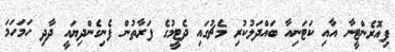
ފިއޮރެންޓީނާ އާއި ކަޓަނިއާ ބައްދަލުކުރި މެޗުގައި ދެޓީމުގެ ފަރާތުން ފެނިގެންދިޔައީ ދާދި ހަމަހަމަ